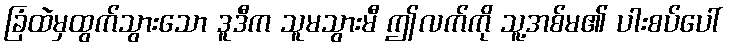
ခြံထဲမှထွက်သွားသော ဒူဒီက သူမသွားမီ ဤလက်ကို သူ့အစ်မ၏ ပါးစပ်ပေါ်